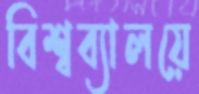
বিশ্বব্যালয়ে